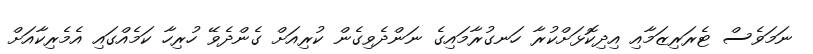
ނަމަވެސް ޓެރަރިޒަމާއި އިދިކޮޅަށްކުރާ ހަނގުރާމައިގެ ނަންދެވިގެން ކުރިއަށް ގެންދެވޭ ހުރިހާ ކަމެއްގައި އެމެރިކާއަށް